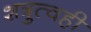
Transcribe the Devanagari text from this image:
शत्रुत्वही